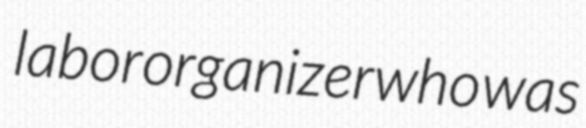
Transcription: labor organizer who was